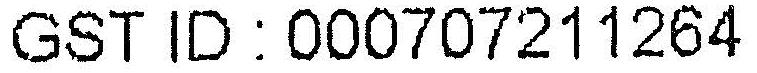
GST ID : 000707211264